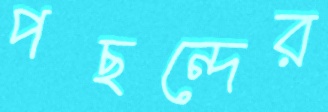
পছন্দের